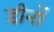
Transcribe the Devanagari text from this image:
डीनों